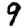
Digit: 9